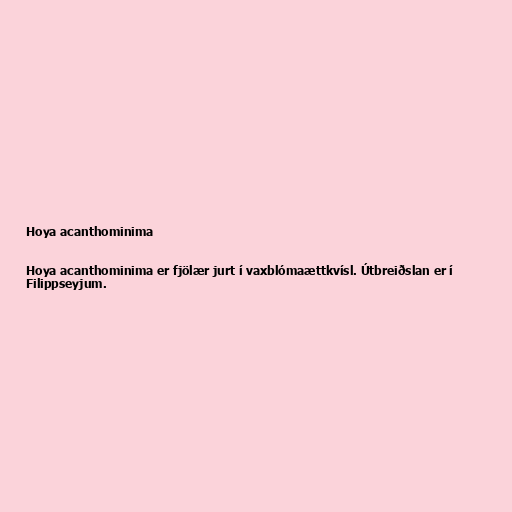
Hoya acanthominima

Hoya acanthominima er fjölær jurt í vaxblómaættkvísl. Útbreiðslan er í
Filippseyjum.